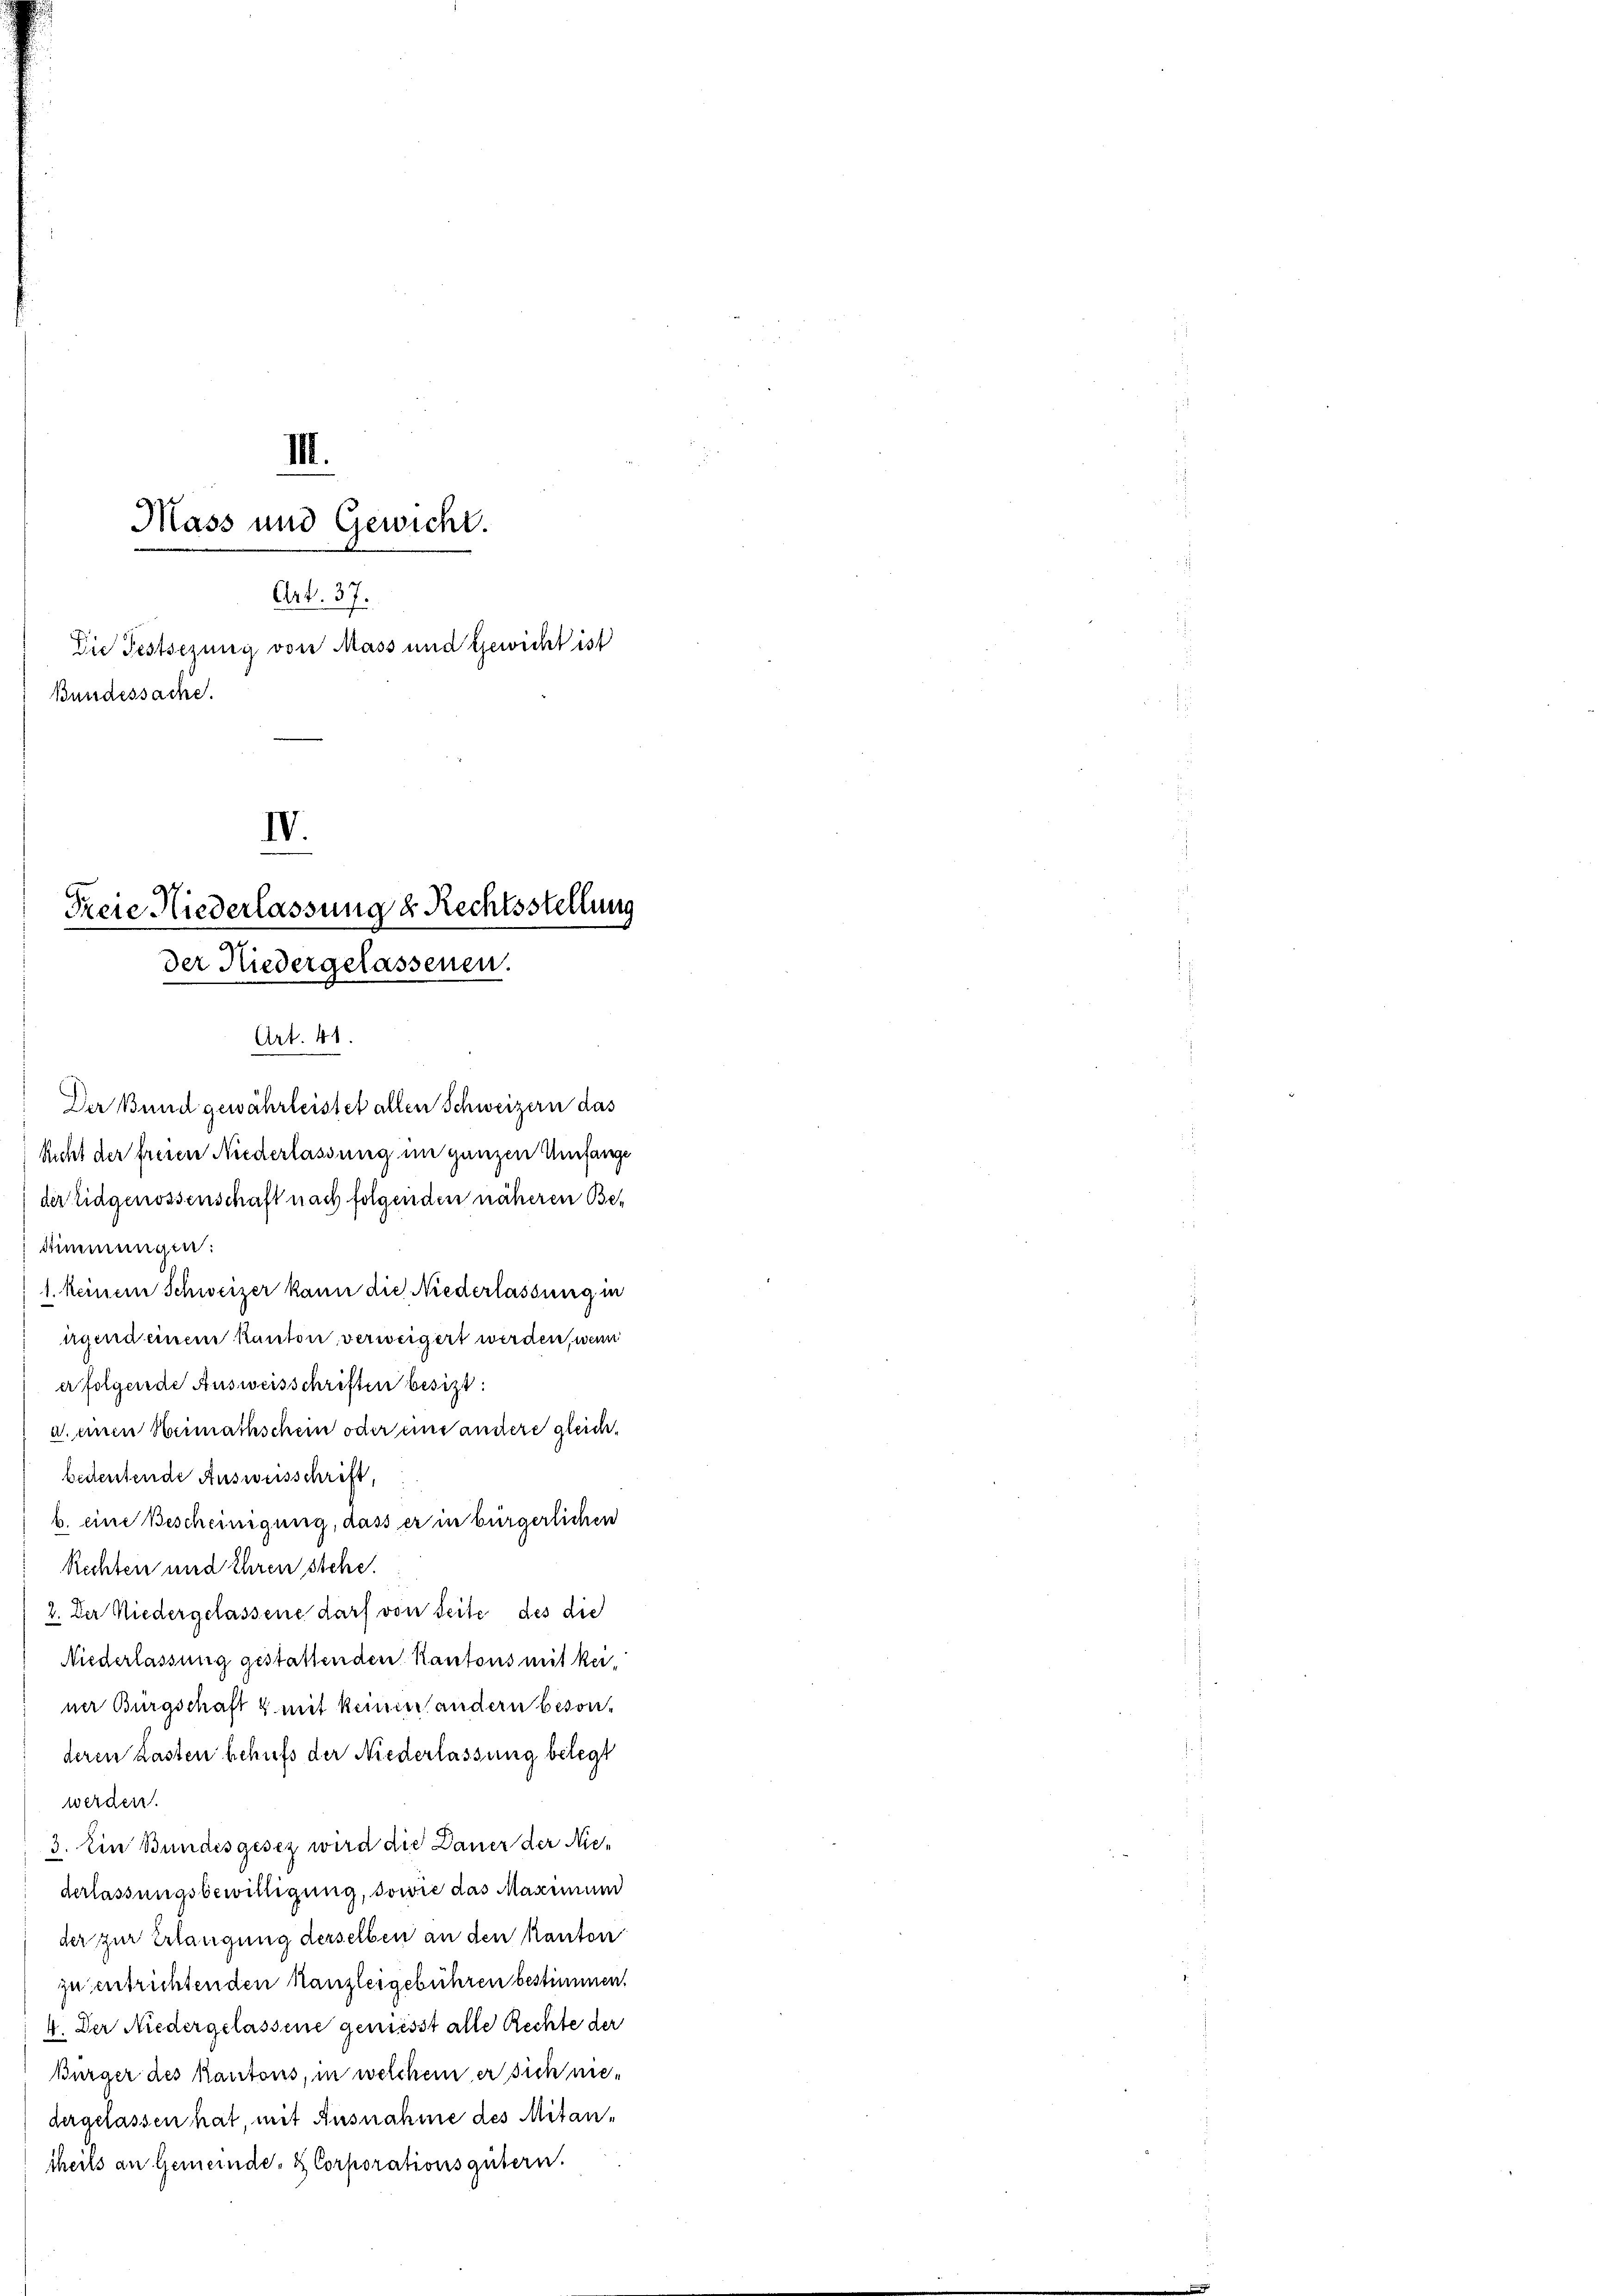
III.

Mass und Gewicht.
Art. 37.
Die Festsezung von Mass und Gewicht ist
Bundessache.

IV.
Freie Niederlassung u. Rechtsstellung
der Niedergelassenen.
Art. 41

Der Bund gewährleistet allen Schweizern das
Richt der freien Niederlassung im ganzen Umfange
der Eidgenossenschaft nach folgenden näheren Be¬
Stimmungen:
1. keinem Schweizer kann die Niederlassung in
ügend einem Kanton verweigert werden, wenn
erfolgende Ausweisschriften besizt:
d. einen Heimathschein oder und andere gleichbetentende Ausweisschrift,
b. eine Bescheinigung, dass er in bürgerlichen
Rechten und Ehren stehe
2. Der Niedergelassene darf von Seite des die
Niederlassung gestattenden Kantons mit kei
ner Burgschaft & mit keiner andern besonderen Lasten behufs der Niederlassung belegt
werden.
3. Ein Bundesgesez wird die Dauer der Niederlassungsbewilligung, sowie das Maximund
der zur Erlangung derselben an den kanton
zu entrichtenden Kanzleigebühren bestimmen.
4. Der Niedergelassene geniesst alle Rechte der
Bürger des Kantons, in welchem er sich niedergelassen hat mit Ausnahme des Mitantheils an Gemeinde- & Corporationsgütern.